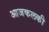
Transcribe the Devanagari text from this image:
आजकलकी